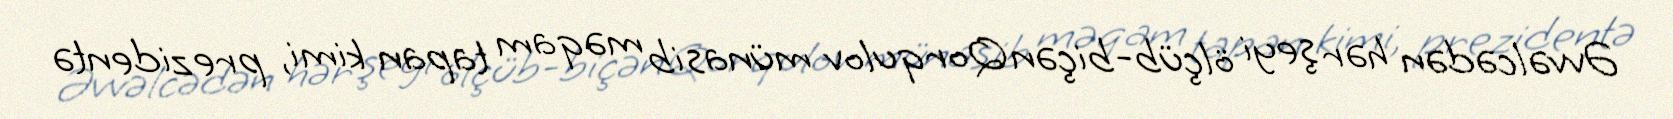
Əvvəlcədən hər şeyi ölçüb-biçən Qorqulov münasib məqam tapan kimi, prezidentə